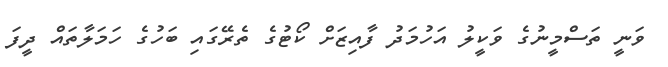
ވަނީ ތަސްމީނުގެ ވަކީލު އަހުމަދު ފާއިޒަށް ކޯޓުގެ ތެރޭގައި ބަހުގެ ހަމަލާތައް ދީފަ